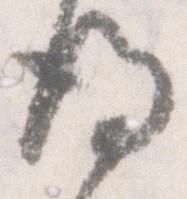
後